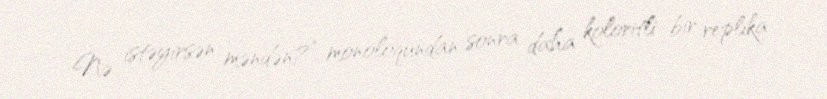
Nə istəyirsən məndən?” monoloqundan sonra daha koloritli bir replika